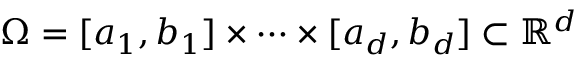
\Omega = [ a _ { 1 } , b _ { 1 } ] \times \dots \times [ a _ { d } , b _ { d } ] \subset \mathbb { R } ^ { d }